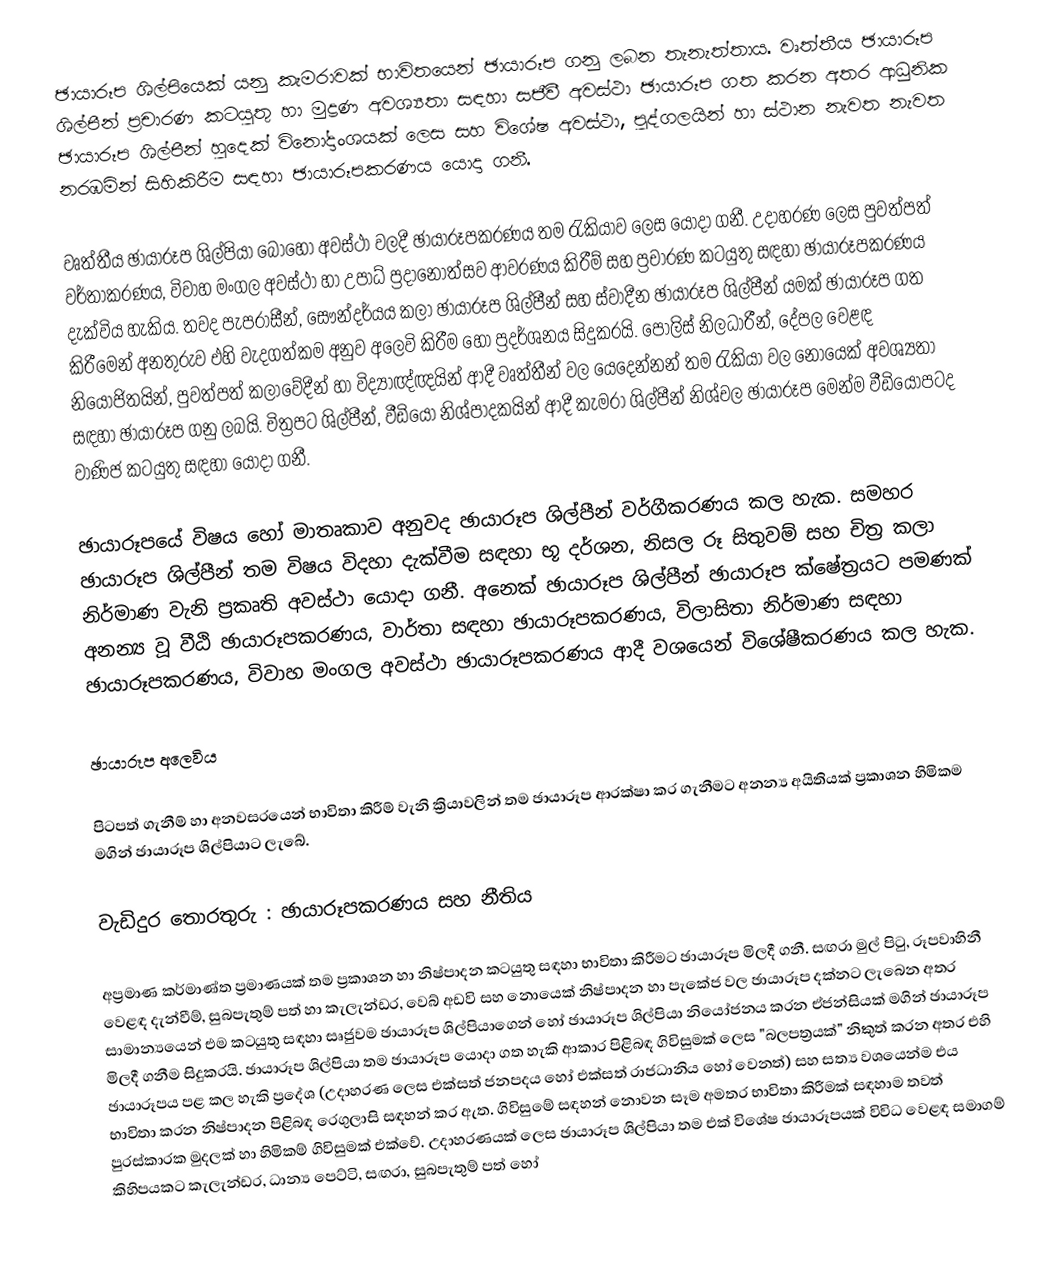
ඡායාරූප ශිල්පියෙක් යනු කැමරාවක් භාවිතයෙන් ඡායාරූප ගනු ලබන තැනැත්තාය. වෘත්තීය ඡායාරූප ශිල්පීන් ප්‍රචාරණ කටයුතු හා මුද්‍රණ අවශ්‍යතා සඳහා සජීවී අවස්ථා ඡායාරූප ගත කරන අතර ආධුනික ඡායාරූප ශිල්පීන් හුදෙක් විනෝදාංශයක් ලෙස සහ විශේෂ අවස්ථා, පුද්ගලයින් හා ස්ථාන නැවත නැවත නරඹමින් සිහිකිරීම සඳහා ඡායාරූපකරණය යොදා ගනී.

වෘත්තීය ඡායාරූප ශිල්පියා බොහෝ අවස්ථා වලදී ඡායාරූපකරණය තම රැකියාව ලෙස යොදා ගනී. උදාහරණ ලෙස පුවත්පත් වර්තාකරණය, විවාහ මංගල අවස්ථා හා උපාධ් ප්‍රදානෝත්සව ආවරණය කිරීම් සහ ප්‍රචාරණ කටයුතු සඳහා ඡායාරූපකරණය දැක්විය හැකිය. තවද පැපරාසීන්, සෞන්දර්යය කලා ඡායාරූප ශිල්පීන් සහ ස්වාදීන ඡායාරූප ශිල්පීන් යමක් ඡායාරූප ගත කිරීමෙන් අනතුරුව එහි වැදගත්කම අනුව අලෙවි කිරීම හෝ ප්‍රදර්ශනය සිදුකරයි. පොලිස් නිලධාරීන්, දේපල වෙළඳ නියෝජිතයින්, පුවත්පත් කලාවේදීන් හා විද්‍යාඥ්ඥයින් ආදී වෘත්තීන් වල යෙදෙන්නන් තම රැකියා වල නොයෙක් අවශ්‍යතා සඳහා ඡායාරූප ගනු ලබයි. චිත්‍රපට ශිල්පීන්, වීඩියෝ නිශ්පාදකයින් ආදී කැමරා ශිල්පීන් නිශ්චල ඡායාරූප මෙන්ම වීඩියෝපටද වාණිජ කටයුතු සඳහා යොදා ගනී.

ඡායාරූපයේ විෂය හෝ මාතෘකාව අනුවද ඡායාරූප ශිල්පීන් වර්ගීකරණය කල හැක. සමහර ඡායාරූප ශිල්පීන් තම විෂය විදහා දැක්වීම සඳහා භූ දර්ශන, නිසල රූ සිතුවම් සහ චිත්‍ර කලා නිර්මාණ වැනි ප්‍රකෘති අවස්ථා යොදා ගනී. අනෙක් ඡායාරූප ශිල්පීන් ඡායාරූප ක්ෂේත්‍රයට පමණක් අනන්‍ය වූ වීඨි ඡායාරූපකරණය, වාර්තා සඳහා ඡායාරූපකරණය, විලාසිතා නිර්මාණ සඳහා ඡායාරූපකරණය, විවාහ මංගල අවස්ථා ඡායාරූපකරණය ආදී වශයෙන් විශේෂීකරණය කල හැක.

ඡායාරූප අලෙවිය

පිටපත් ගැනීම් හා අනවසරයෙන් භාවිතා කිරීම් වැනි ක්‍රියාවලින් තම ඡායාරූප ආරක්ෂා කර ගැනීමට අනන්‍ය අයිතියක් ප්‍රකාශන හිමිකම මගින් ඡායාරූප ශිල්පියාට ලැබේ.

  වැඩිදුර තොරතුරු : ඡායාරූපකරණය සහ නීතිය

අප්‍රමාණ කර්මාණ්ත ප්‍රමාණයක් තම ප්‍රකාශන හා නිෂ්පාදන කටයුතු සඳහා භාවිතා කිරීමට ඡායාරූප මිලදී ගනී. සඟරා මුල් පිටු, රූපවාහිනී වෙළඳ දැන්වීම්, සුබපැතුම් පත් හා කැලැන්ඩර, වෙබ් අඩවි සහ නොයෙක් නිෂ්පාදන හා පැකේජ වල ඡායාරූප දක්නට ලැබෙන අතර සාමාන්‍යයෙන් එම කටයුතු සඳහා සෘජුවම ඡායාරූප ශිල්පියාගෙන් හෝ ඡායාරූප ශිල්පියා නියෝජනය කරන ඒජන්සියක් මගින් ඡායාරූප මිලදී ගනීම සිදුකරයි. ඡායාරූප ශිල්පියා තම ඡායාරූප යොදා ගත හැකි ආකාර පිළිබඳ ගිවිසුමක් ලෙස "බලපත්‍රයක්" නිකුත් කරන අතර එහි ඡායාරූපය පළ කල හැකි ප්‍රදේශ (උදාහරණ ලෙස එක්සත් ජනපදය හෝ එක්සත් රාජධානිය හෝ වෙනත්) සහ සත්‍ය වශයෙන්ම එය භාවිතා කරන නිෂ්පාදන පිළිබඳ රෙගුලාසි සඳහන් කර ඇත. ගිවිසුමේ සඳහන් නොවන සෑම අමතර භාවිතා කිරීමක් සඳහාම තවත් පුරස්කාරක මුදලක් හා හිමිකම් ගිවිසුමක් එක්වේ. උදාහරණයක් ලෙස ඡායාරූප ශිල්පියා තම එක් විශේෂ ඡායාරූපයක් විවිධ වෙළඳ සමාගම් කිහිපයකට කැලැන්ඩර, ධාන්‍ය පෙට්ටි, සඟරා, සුබපැතුම් පත් හෝ